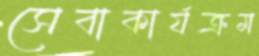
সেবাকার্যক্রম